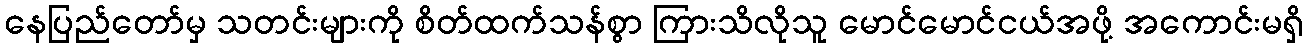
နေပြည်တော်မှ သတင်းများကို စိတ်ထက်သန်စွာ ကြားသိလိုသူ မောင်မောင်ငယ်အဖို့ အကောင်းမရှိ